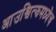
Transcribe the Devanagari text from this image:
आउश्वित्झमध्येच